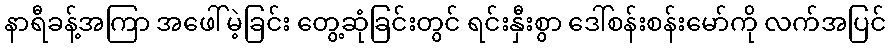
နာရီခန့်အကြာ အဖေါ်မဲ့ခြင်း တွေ့ဆုံခြင်းတွင် ရင်းနှီးစွာ ဒေါ်စန်းစန်းမော်ကို လက်အပြင်